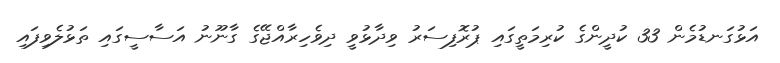
އަޅުގަނޑުމެން 33 ކުދީންގެ ކުރިމަތީގައި ޕުރޮފިސަރު ވިދާޅުވީ ދިވެހިރާއްޖޭގެ ގާނޫނު އަސާސީގައި ތަޅުލެވިފައި